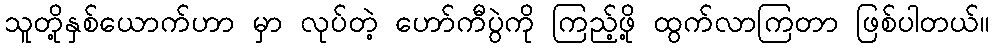
သူတို့နှစ်ယောက်ဟာ မှာ လုပ်တဲ့ ဟော်ကီပွဲကို ကြည့်ဖို့ ထွက်လာကြတာ ဖြစ်ပါတယ်။